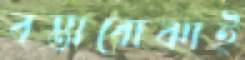
বস্তাবোঝাই